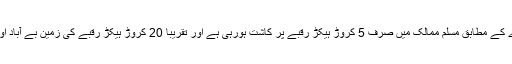
ایک محتاط اندازے کے مطابق مسلم ممالک میں صرف 5 کروڑ ہیکڑ رقبے پر کاشت ہورہی ہے اور تقریباً 20 کروڑ ہیکڑ رقبے کی زمین بے آباد اور ویران پڑی ہے۔